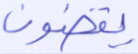
بوتان